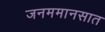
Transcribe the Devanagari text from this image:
जनममानसात